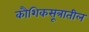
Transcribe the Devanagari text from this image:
कौशिकसूत्रातील